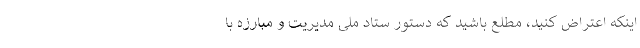
اینکه اعتراض کنید، مطلع باشید که دستور ستاد ملی مدیریت و مبارزه با